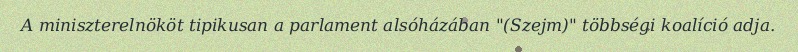
A miniszterelnököt tipikusan a parlament alsóházában "(Szejm)" többségi koalíció adja.